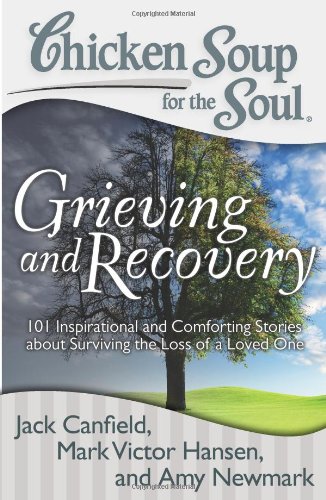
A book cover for Chicken Soup for the Soul: Grieving and Recovery: 101 Inspirational and Comforting Stories about Surviving the Loss of a Loved One; Jack Canfield; Politics & Social Sciences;